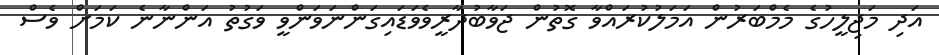
އަދި މަޖިލީހުގެ މެމްބަރުން އަމަލުކުރައްވާ ގޮތުން ޖަވާބުދާރީވެވަޑައިގަންނަވަންވީ ވަގުތު އަންނާނެ ކަަމަށް ވެސް